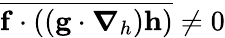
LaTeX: \overline{{\mathbf{f}\cdot\left(\left(\mathbf{g}\cdot\boldsymbol{\nabla}_{h}\right)\mathbf{h}\right)}}\ne 0